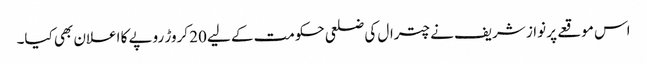
اس موقعے پر نواز شریف نے چترال کی ضلعی حکومت کے لیے 20 کروڑ روپے کا اعلان بھی کیا۔